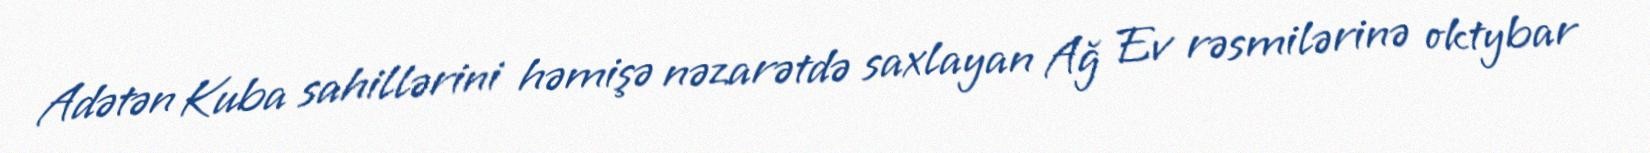
Adətən Kuba sahillərini həmişə nəzarətdə saxlayan Ağ Ev rəsmilərinə oktybar